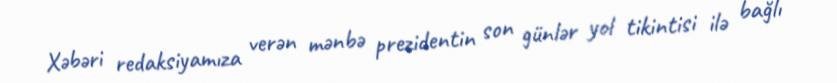
Xəbəri redaksiyamıza verən mənbə prezidentin son günlər yol tikintisi ilə bağlı